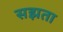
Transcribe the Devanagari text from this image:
सझता